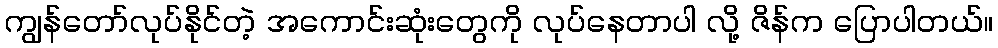
ကျွန်တော်လုပ်နိုင်တဲ့ အကောင်းဆုံးတွေကို လုပ်နေတာပါ လို့ ဇိန်က ပြောပါတယ်။